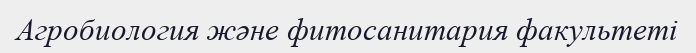
Агробиология және фитосанитария факультеті